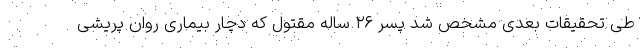
طی تحقیقات بعدی مشخص شد پسر ۲۶ ساله مقتول که دچار بیماری روان پریشی